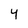
Character: 4